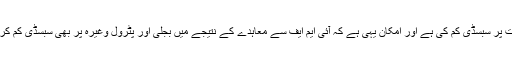
اس بار حکومت نے آئی ایم کے پاس جانے سے پہلے ہی گیس کی قیمت پر سبسڈی کم کی ہے اور امکان یہی ہے کہ آئی ایم ایف سے معاہدے کے نتیجے میں بجلی اور پٹرول وغیرہ پر بھی سبسڈی کم کرنا ہوگی جس کی وجہ سے ان چیزوں کی قمیت میں اضافہ ہو سکتا ہے۔